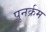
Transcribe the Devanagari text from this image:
पुनर्क्रम